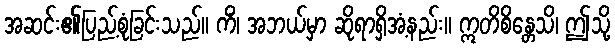
အဆင်း၏ပြည့်စုံခြင်းသည်။ ကိံ၊ အဘယ်မှာ ဆိုရာရှိအံ့နည်း။ ဣတိစိန္တေသိ၊ ဤသို့